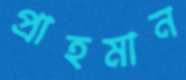
প্রাহমান